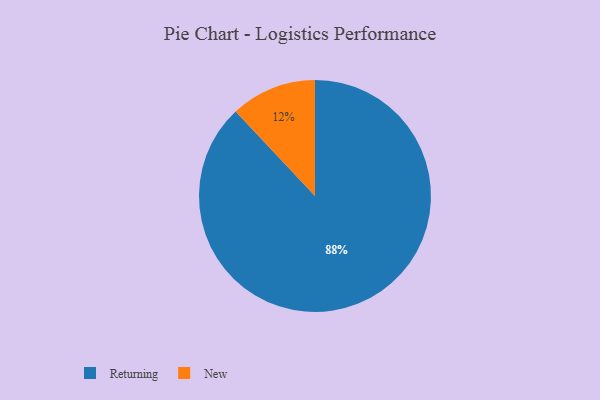
{"axis": {"x": "Category", "y": "Percentage"}, "legend": ["New", "Returning"], "data": [{"x": "New", "y": 12, "type": "New"}, {"x": "Returning", "y": 88, "type": "Returning"}]}